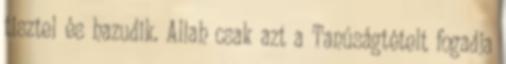
tisztel és hazudik. Allah csak azt a Tanúságtételt fogadja